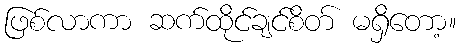
ဖြစ်လာကာ ဆက်ထိုင်ချင်စိတ် မရှိတော့။